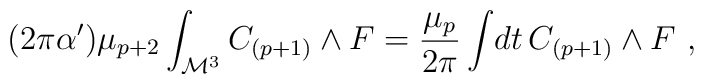
(2\pi\alpha^\prime)\mu_{p+2}\int_{{\cal M}^3} C_{(p+1)}\wedge F = {\mu_p\over 2\pi}\int\! dt\,C_{(p+1)}\wedge F \ ,